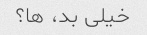
خیلی بد، ها؟